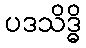
ပဒသိဒ္ဓိ